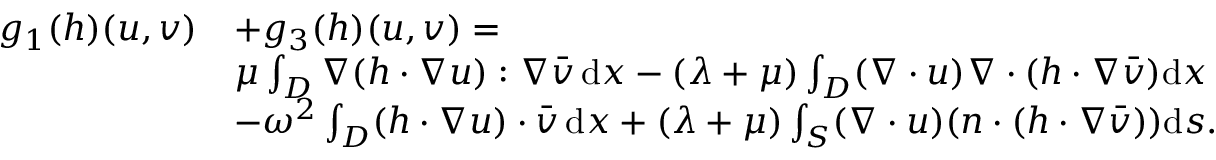
\begin{array} { r l } { g _ { 1 } ( h ) ( u , v ) } & { + g _ { 3 } ( h ) ( u , v ) = } \\ & { \mu \int _ { D } \nabla ( h \cdot \nabla u ) : \nabla \bar { v } \, \mathrm { d } x - ( \lambda + \mu ) \int _ { D } ( \nabla \cdot u ) \nabla \cdot ( h \cdot \nabla \bar { v } ) \mathrm { d } x } \\ & { - \omega ^ { 2 } \int _ { D } ( h \cdot \nabla u ) \cdot \bar { v } \, \mathrm { d } x + ( \lambda + \mu ) \int _ { S } ( \nabla \cdot u ) ( n \cdot ( h \cdot \nabla \bar { v } ) ) \mathrm { d } s . } \end{array}